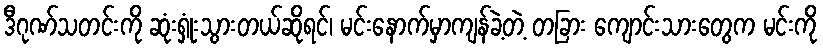
ဒီဂုဏ်သတင်းကို ဆုံးရှုံးသွားတယ်ဆိုရင်၊ မင်းနောက်မှာကျန်ခဲ့တဲ့ တခြား ကျောင်းသားတွေက မင်းကို